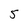
Character: 5